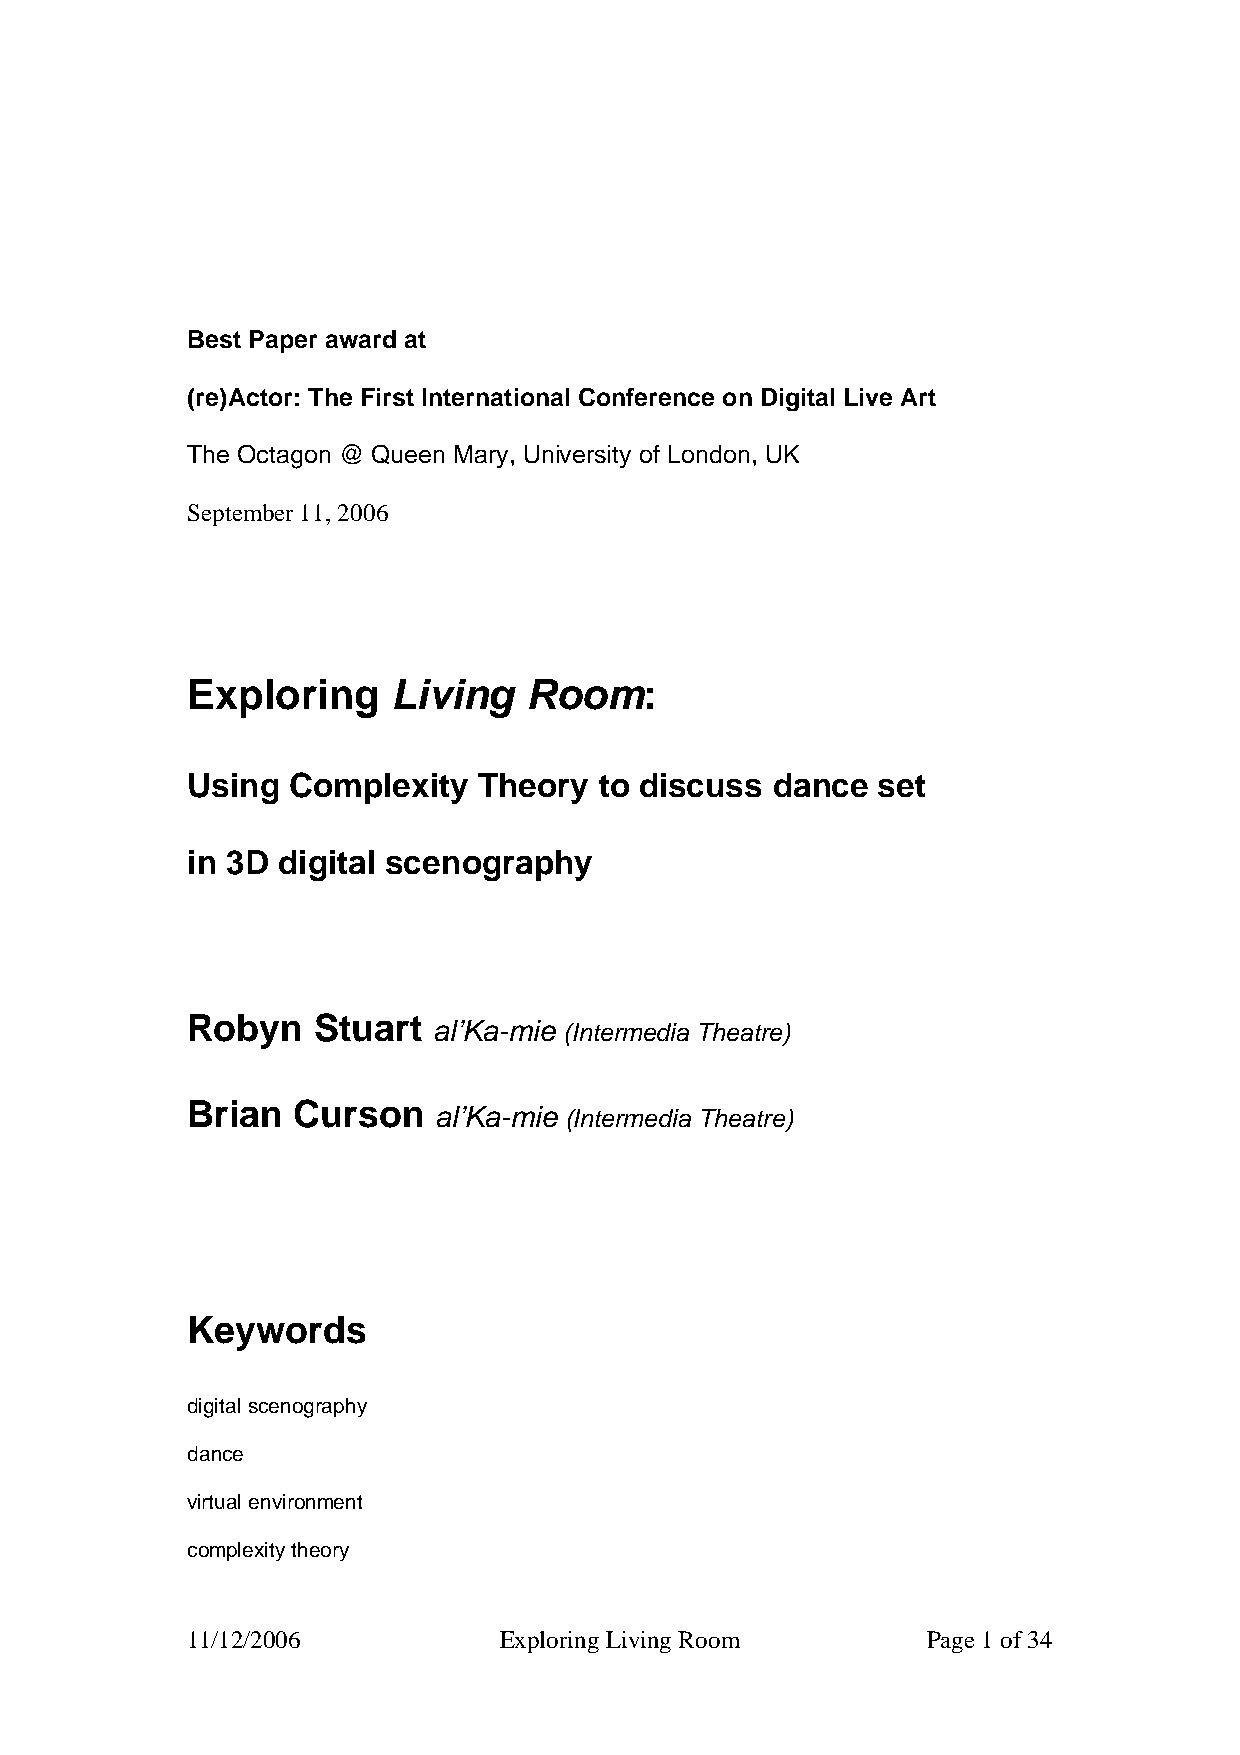
Best Paper award at
 (re)Actor: The First International Conference on Digital Live Art
 The Octagon @ Queen Mary, University of London, UK
 September 11, 2006
 Exploring     Living   Room:
 Using  Complexity   Theory  to discuss dance  set
 in 3D digital scenography
 Robyn    Stuart
 al’Ka-mie (Intermedia Theatre)
 Brian  Curson
 al’Ka-mie (Intermedia Theatre)
 Keywords
 digital scenography
 dance
 virtual environment
 complexity theory
 11/12/2006           Exploring Living Room       Page 1 of 34